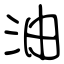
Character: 油